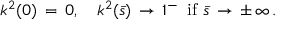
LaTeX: k ^ { 2 } ( 0 ) \, = \, 0 , \quad k ^ { 2 } ( \bar { s } ) \, \to \, 1 ^ { - } \, \mathrm { ~ i f ~ } \bar { s } \, \to \, \pm \, \infty \, { . }